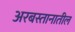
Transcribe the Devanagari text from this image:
अरबस्तानातील